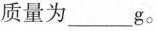
质量为___g。